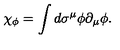
\chi _ { \phi } = \int d \sigma ^ { \mu } \phi \partial _ { \mu } \phi .